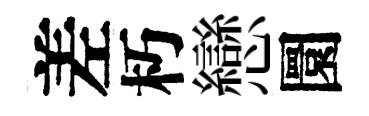
差朽戀圜